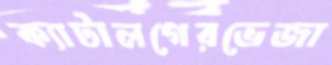
ক্যাটালগেরভেজা